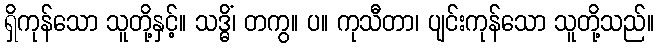
ရှိကုန်သော သူတို့နှင့်။ သဒ္ဓိံ၊ တကွ။ ပ။ ကုသီတာ၊ ပျင်းကုန်သော သူတို့သည်။